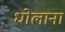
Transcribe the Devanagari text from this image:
धोलाना